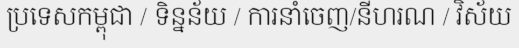
ប្រទេសកម្ពុជា / ទិន្នន័យ / ការនាំចេញ/នីហរណ / វិស័យ